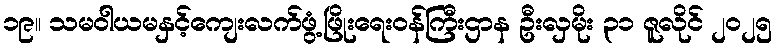
၁၉။ သမဝါယမနှင့်ကျေးလက်ဖွံ့ဖြိုးရေးဝန်ကြီးဌာန ဦးလှမိုး ၃၁ ဇူလိုင် ၂၀၂၅